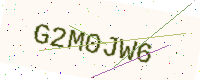
Text: G2M0JW6